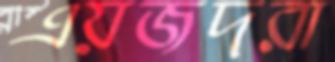
এয়জদরা